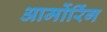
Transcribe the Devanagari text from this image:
आर्मोरिंग